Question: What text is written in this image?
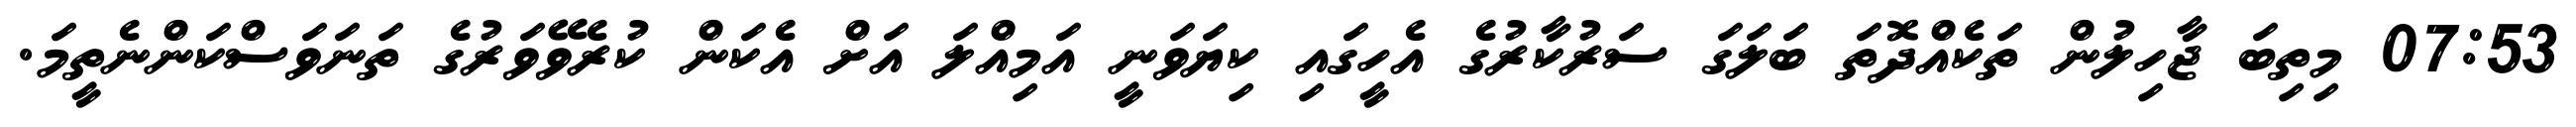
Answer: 07:53 މިތިބަ ޖާހިލުން ތަކެއްދޮތަ ބަލަގަ ސަރުކާރުގެ އެހީގައި ކިޔަވަނީ އަމިއްލަ އަށް އެކަން ކުރެވޭވަރުގެ ތަނަވަސްކަންނެތީމަ.